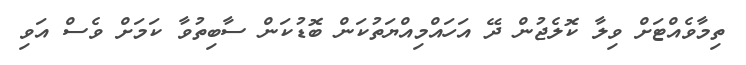
ތިމާވެއްޓަށް ވިލާ ކޮލެޖުން ދޭ އަހައްމިއްޔަތުކަން ބޮޑުކަން ސާބިތުވާ ކަމަށް ވެސް އަވި